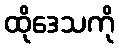
ထိုဒေသကို